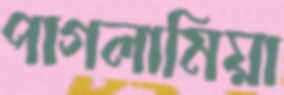
পাগলামিয়া